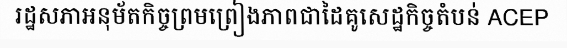
រដ្ឋសភាអនុម័តកិច្ចព្រមព្រៀងភាពជាដៃគូសេដ្ឋកិច្ចតំបន់ ACEP